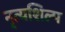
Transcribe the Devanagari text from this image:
नृत्यशिल्प